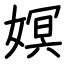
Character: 嫇